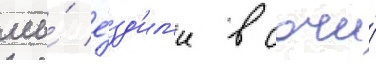
мы́ е́зд'ил'и в сочи́